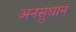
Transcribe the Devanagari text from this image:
अनसुधान